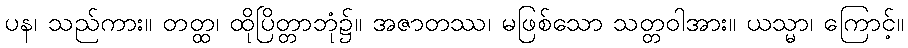
ပန၊ သည်ကား။ တတ္ထ၊ ထိုပြိတ္တာဘုံ၌။ အဇာတဿ၊ မဖြစ်သော သတ္တဝါအား။ ယသ္မာ၊ ကြောင့်။